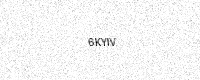
Text: 6KYIV